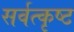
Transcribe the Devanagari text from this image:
सर्वत्कृष्ट